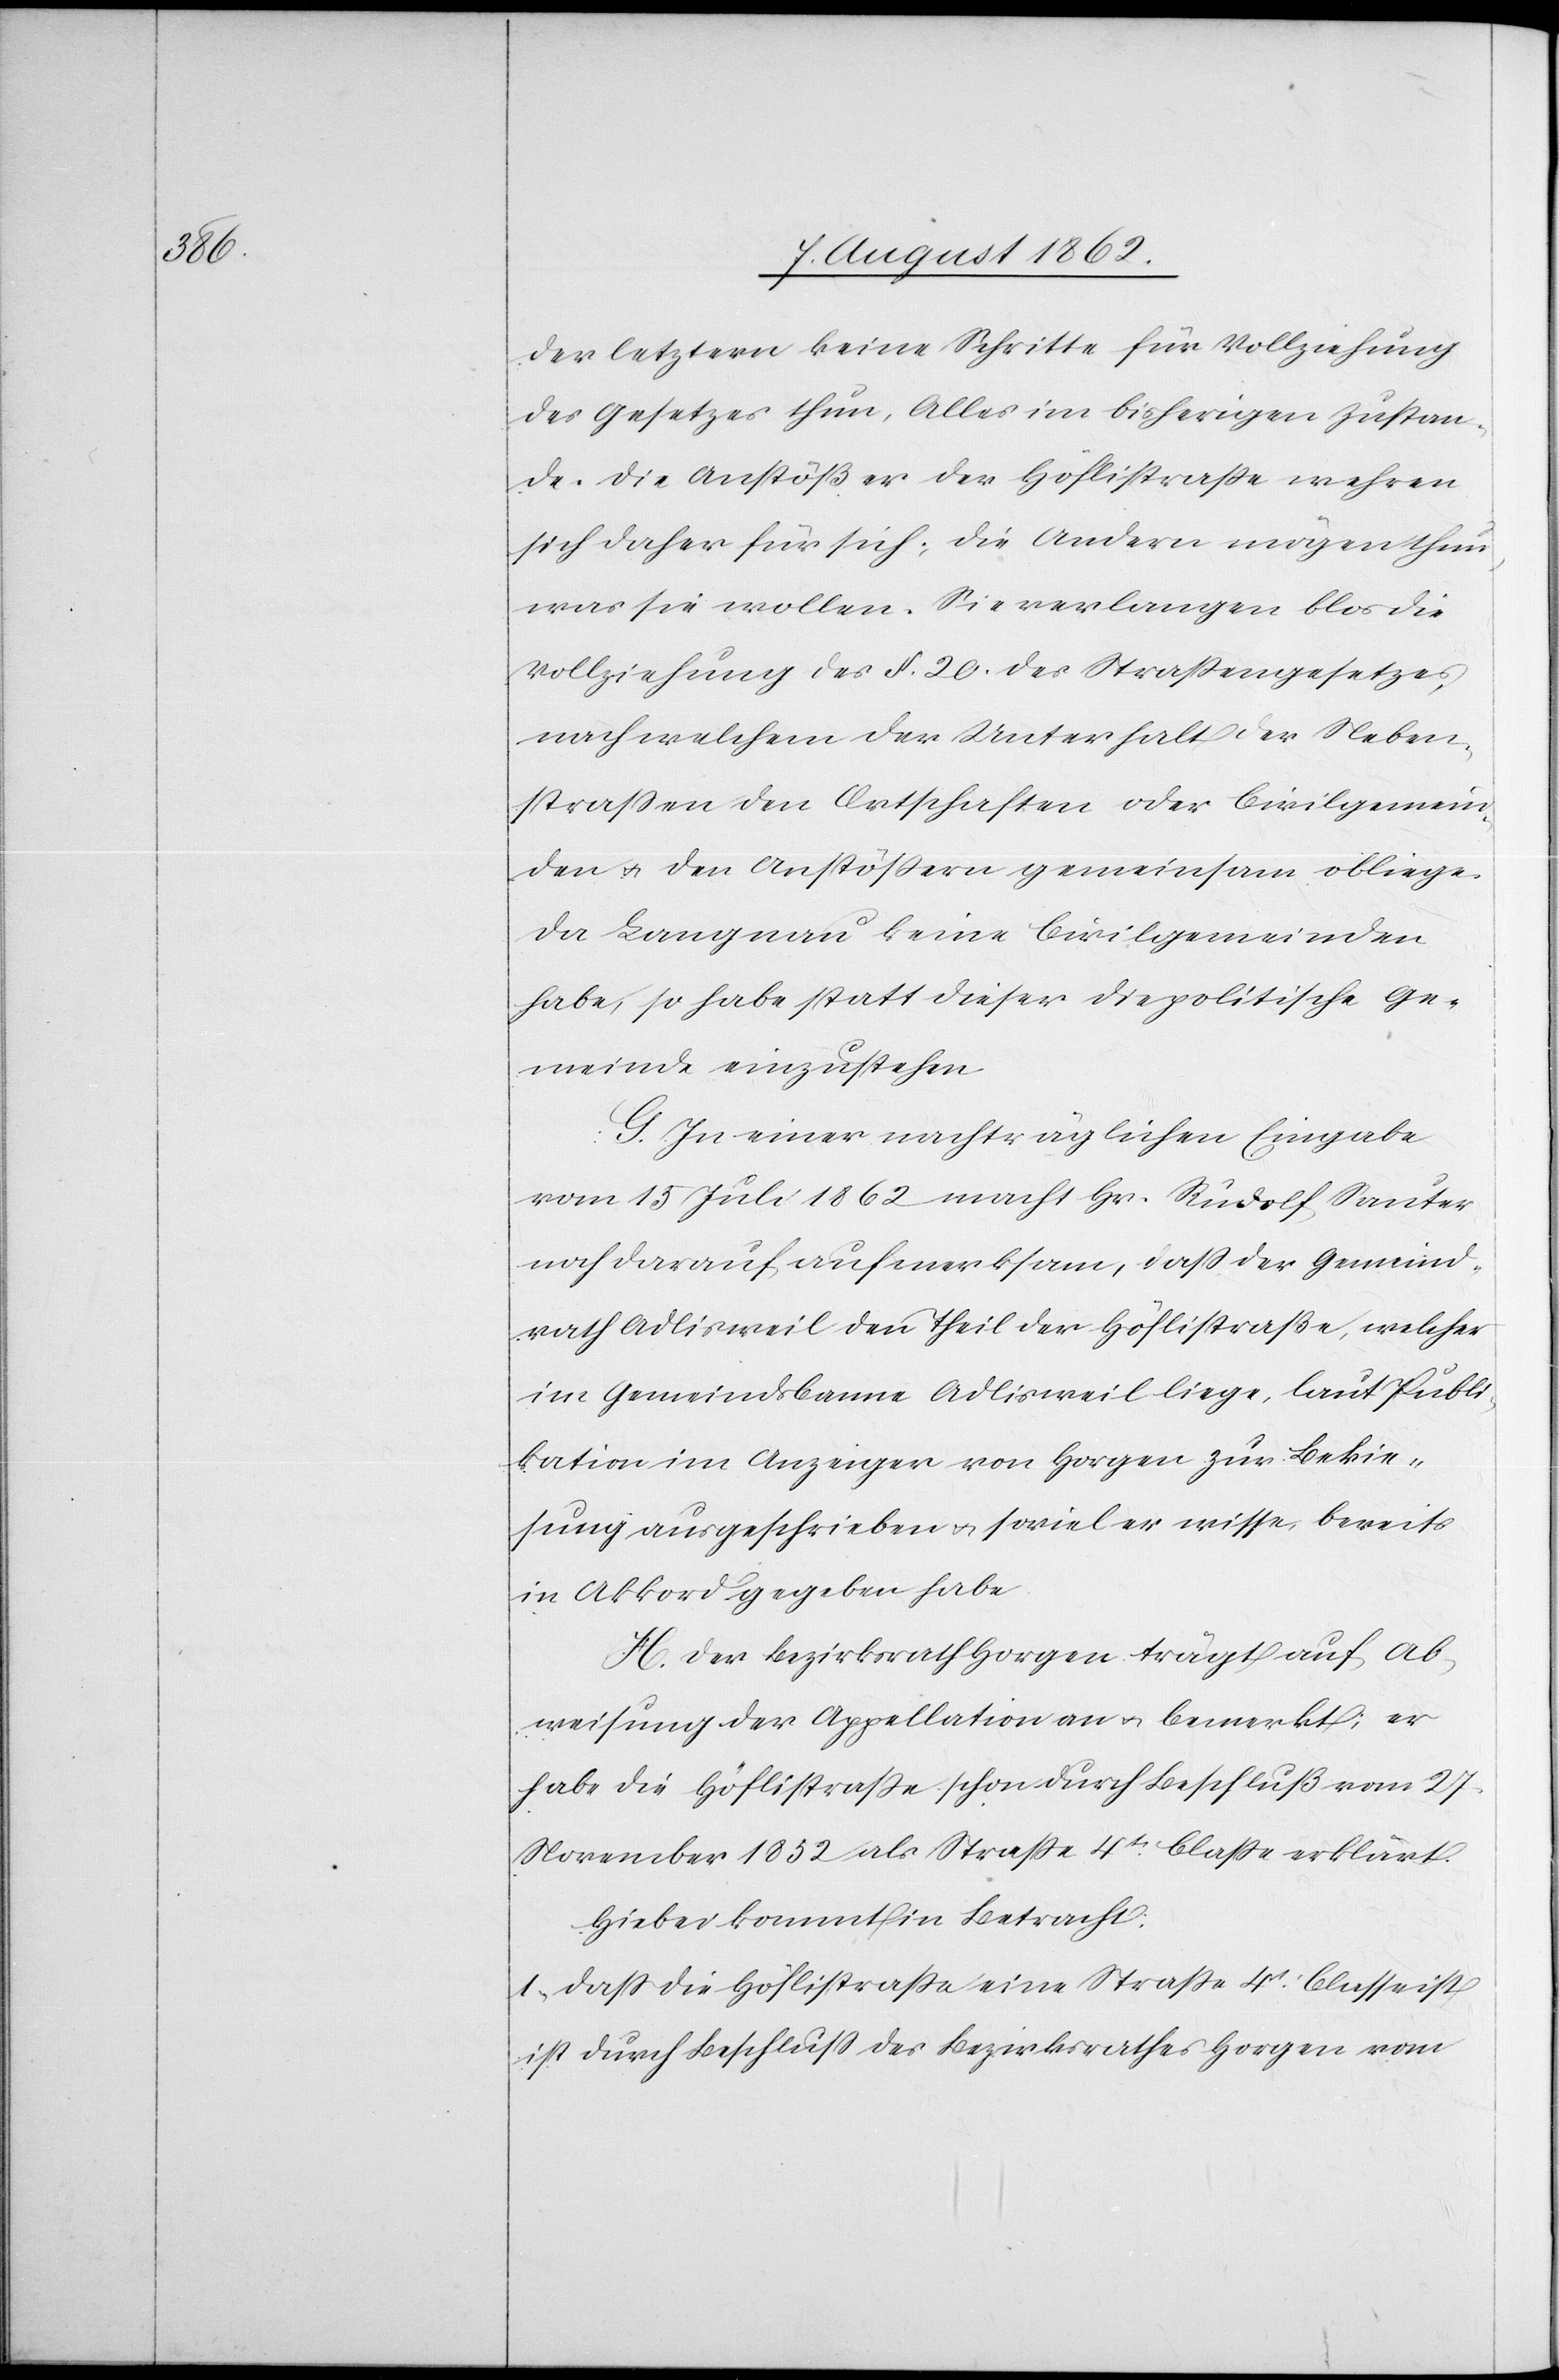
der letztern keine Schritte für Vollziehung
des Gesetzes thun, Alles im bisherigen Zustan¬
de. Die Anstößer der Höflistraße wehren
sich daher für sich; die Andern mögen thun,
was sie wollen. Sie verlangen blos die
Vollziehung des §. 20 des Straßengesetzes,
nach welchem der Unterhalt der Neben¬
straßen den Ortschaften oder Civilgemein¬
den u. den Anstößern gemeinsam obliege.
Da Langnau keine Civilgemeinde
habe, so habe statt dieser die politische Ge¬
meinde einzustehen.
G. In einer nachträglichen Eingabe
vom 15. Juli 1862 macht Hr. Rudolf Sauter
noch darauf aufmerksam, daß der Gemeind¬
rath Adlisweil den Theil der Höflistraße, welcher
im Gemeindsbanne Adlisweil liege, laut Publi¬
kation im Anzeiger von Horgen zur Bekie¬
sung ausgeschrieben u. soviel er wisse, bereits
in Akkord gegeben habe.
H. Der Bezirksrath Horgen trägt auf Ab¬
weisung der Appellation an u. bemerkt; er
habe die Höflistraße schon durch Beschluß vom 27.
November 1852 als Straße 4t Classe erklärt.
Hiebei kommt in Betracht:
1. Daß die Höflistraße eine Straße 4t Classe ist,
ist durch Beschluß des Bezirksrathes Horgen vom